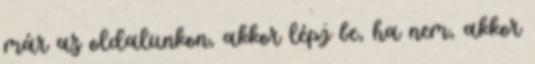
már az oldalunkon, akkor lépj be, ha nem, akkor